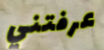
عرفتني